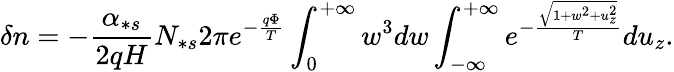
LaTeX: \delta n=-\frac{\alpha_{\ast s}}{2qH}N_{\ast s}2\pi e^{-\frac{q\Phi}{T}}\int_{0}^{+\infty}w^{3}dw\int_{-\infty}^{+\infty}e^{-\frac{\sqrt{1+w^{2}+u_{z}^{2}}}{T}}du_{z}.